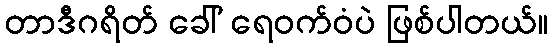
တာဒီဂရိတ် ခေါ် ရေဝက်ဝံပဲ ဖြစ်ပါတယ်။